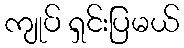
ကျုပ် ရှင်းပြမယ်